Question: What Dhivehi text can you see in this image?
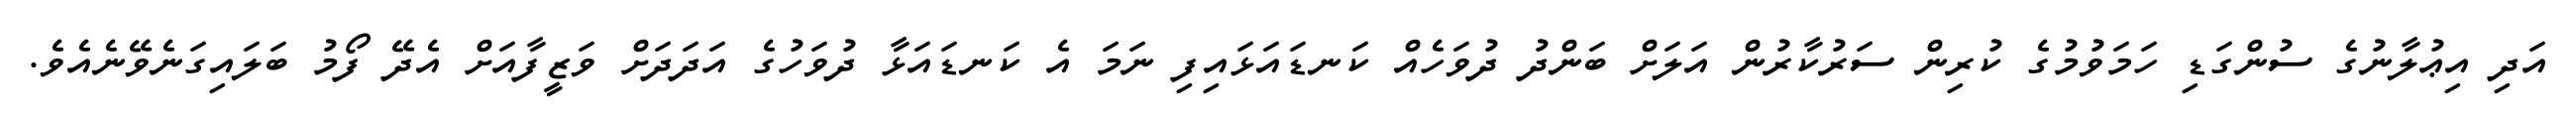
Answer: އަދި އިޢުލާނުގެ ސުންގަޑި ހަމަވުމުގެ ކުރިން ސަރުކާރުން އަލަށް ބަންދު ދުވަހެއް ކަނޑައަޅައިފި ނަމަ އެ ކަނޑައަޅާ ދުވަހުގެ އަދަދަށް ވަޒީފާއަށް އެދޭ ފޯމު ބަލައިގަނެވޭނެއެވެ.